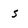
Character: s